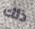
ذلك